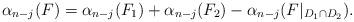
LaTeX: \begin{align*} \alpha_{n-j}(F) = \alpha_{n-j}(F_1) + \alpha_{n-j}(F_2) - \alpha_{n-j}(F|_{D_1 \cap D_2}).\end{align*}